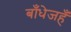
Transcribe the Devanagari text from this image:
बाँधेजहँ